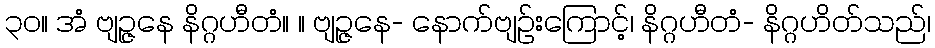
၃၀။ အံ ဗျဉ္ဇနေ နိဂ္ဂဟီတံ။ ။ ဗျဉ္ဇနေ- နောက်ဗျဉ်းကြောင့်၊ နိဂ္ဂဟီတံ- နိဂ္ဂဟိတ်သည်၊